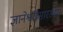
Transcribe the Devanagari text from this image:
ज्ञानेश्वरीसारख्या